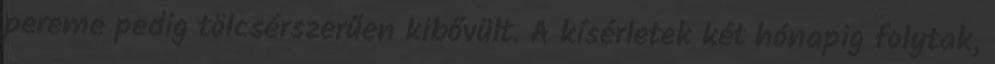
pereme pedig tölcsérszerűen kibővült. A kísérletek két hónapig folytak,